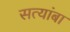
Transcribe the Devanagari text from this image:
सत्यांबा